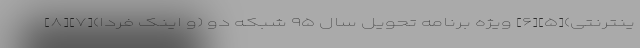
ینترنتی)[۵][۶] ویژه برنامه تحویل سال ۹۵ شبکه دو (و اینک فردا)[۷][۸]